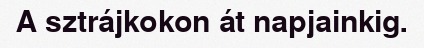
A sztrájkokon át napjainkig.